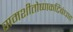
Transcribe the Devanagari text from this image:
समशीतोष्णकटिबंधात